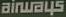
AIRWAYS